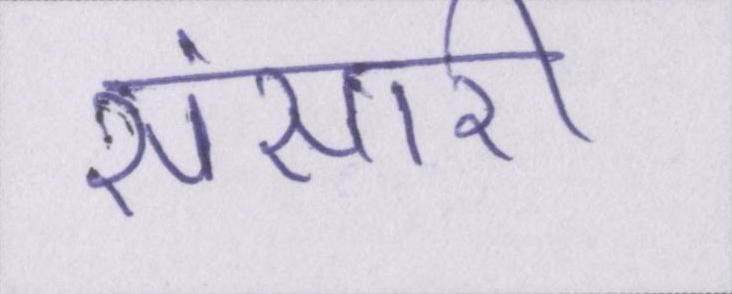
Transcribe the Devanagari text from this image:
संसारी